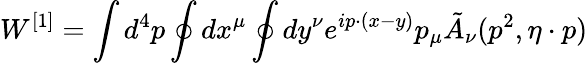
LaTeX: W^{[1]}=\int d^{4}p\oint dx^{\mu}\oint dy^{\nu}e^{ip\cdot(x-y)}p_{\mu}\tilde{A}_{\nu}(p^{2},\eta\cdot p)